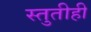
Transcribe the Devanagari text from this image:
स्तुतीही